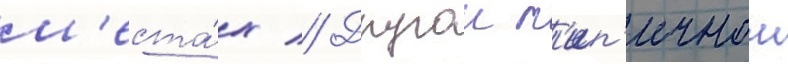
м'еста́х // Другои т'ип'ичнои